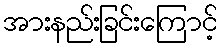
အားနည်းခြင်းကြောင့်